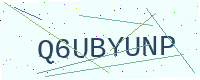
Text: Q6UBYUNP